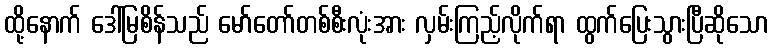
ထို့နောက် ဒေါ်မြစိန်သည် မော်တော်တစ်စီးလုံးအား လှမ်းကြည့်လိုက်ရာ ထွက်ပြေးသွားပြီဆိုသော